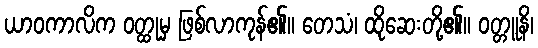
ယာဝကာလိက ဝတ္ထုမှ ဖြစ်လာကုန်၏။ တေသံ၊ ထိုဆေးတို့၏။ ဝတ္တူနိ၊